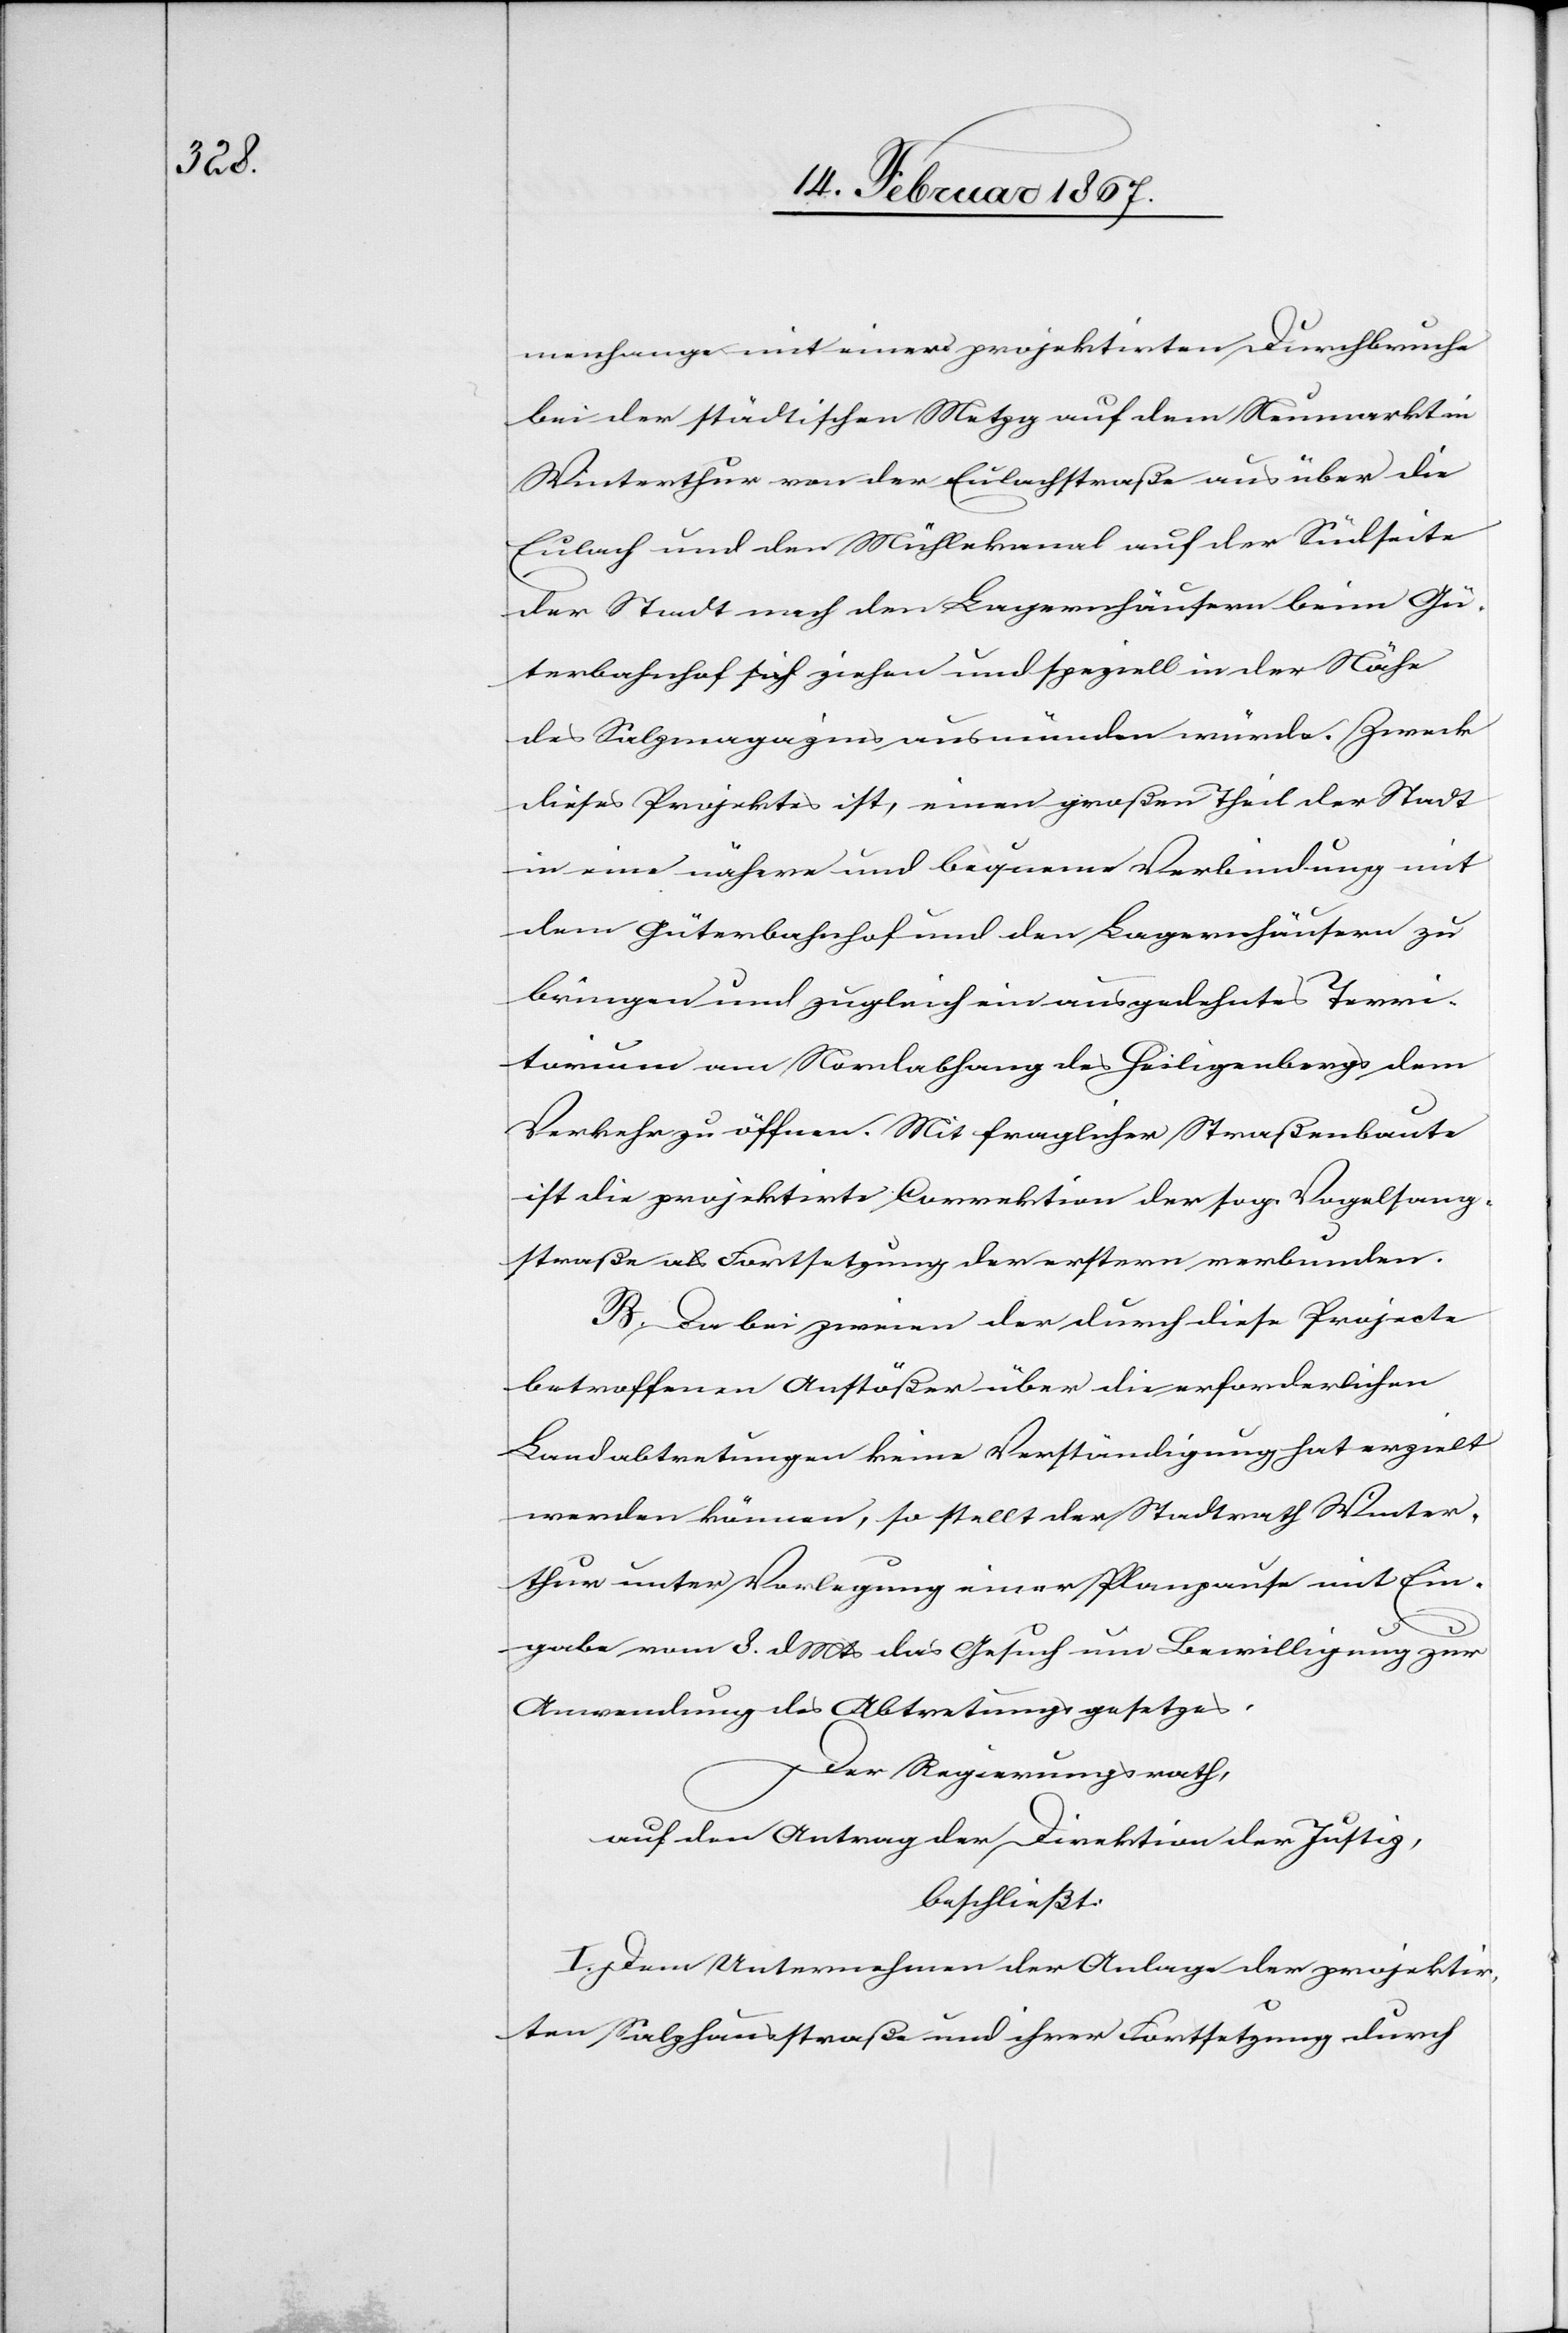
menhange mit einer [sic!] projektirten Durchbruche
bei der städtischen Metzg auf dem Neumarkt in
Winterthur von der Eulachstraße aus über die
Eulach und den Mühlekanal auf der Südseite
der Stadt nach den Lagerhäusern beim Gü¬
terbahnhof sich ziehen und speziell in der Höhe
des Salzmagazines ausmünden würde. Zweck
dieses Projektes ist, einen großen Theil der Stadt
in eine nähere und bequeme Verbindung mit
dem Güterbahnhof und den Lagerhäusern zu
bringen und zugleich ein ausgedehntes Terri¬
torium am Nordabhang des Heiligenbergs dem
Verkehr zu öffnen. Mit fraglicher Straßenbaute
ist die projektirte Correktion der sog. Vogelsang¬
straße als Fortsetzung der erstern verbunden.
B. Da bei zweien der durch diese Projecte
betroffenen Anstößer über die erforderlichen
Landabtretungen keine Verständigung hat erzielt
werden können, so stellt der Stadtrath Winter¬
thur unter Vorlegung einer Planpause mit Ein¬
gabe vom 8. d. Mts das Gesuch um Bewilligung zur
Anwendung des Abtretungsgesetzes.
Der Regierungsrath,
auf den Antrag der Direktion der Justiz,
beschließt:
I. Dem Unternehmen der Anlage der projektir¬
ten Salzhausstraße und ihrer Fortsetzung durch